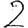
Digit: 2